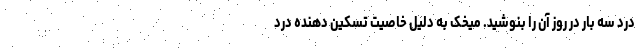
درد سه بار در روز آن را بنوشید. میخک به دلیل خاصیت تسکین دهنده درد